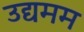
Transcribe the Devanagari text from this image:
उद्यमम